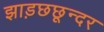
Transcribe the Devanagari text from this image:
झाड़छछून्दर